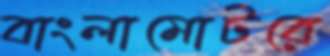
বাংলামোটরে